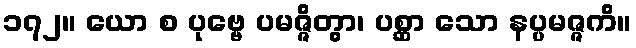
၁၇၂။ ယော စ ပုဗ္ဗေ ပမဇ္ဇိတွာ၊ ပစ္ဆာ သော နပ္ပမဇ္ဇကိ။